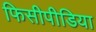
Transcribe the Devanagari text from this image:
फिसीपीडिया